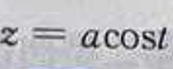
\[
z = a\cos t
\]